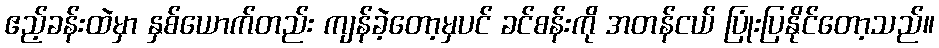
ဧည့်ခန်းထဲမှာ နှစ်ယောက်တည်း ကျန်ခဲ့တော့မှပင် ခင်စန်းကို အတန်ငယ် ပြုံးပြနိုင်တော့သည်။